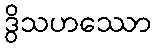
ဒွိသဟဿော